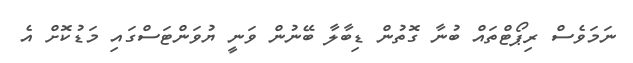
ނަމަވެސް ރިޕޯޓްތައް ބުނާ ގޮތުން ޑިބާލާ ބޭނުން ވަނީ ޔުވަންޓަސްގައި މަޑުކޮށް އެ